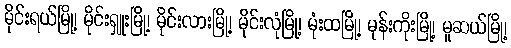
မိုင်းရယ်မြို့၊ မိုင်းရှူးမြို့၊ မိုင်းလားမြို့၊ မိုင်းလုံမြို့၊ မုံးထမြို့၊ မုန်းကိုးမြို့၊ မူဆယ်မြို့၊